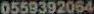
0559392064